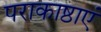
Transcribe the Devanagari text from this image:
पराकाष्ठाएं